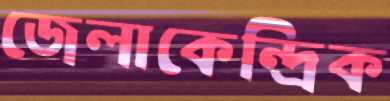
জেলাকেন্দ্রিক